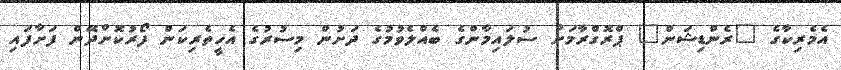
އެމެރިކާގެ "ރެންޑިޝަން" ޕްރޮގްރާމަށް ސުލައިމާންގެ ބެއްލެވުމުގެ ދަށުން މިސުރުގެ އެހީތެރިކަން ފޯރުކޮށްދޭން ފަށާފައި